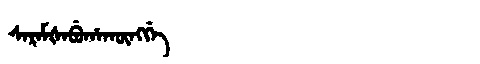
Manchu: ᠰᡝᡵᡝᠮᡧᡝᠪᡠᡥᠠᡴᡡᠩᡤᡝ
Romanization: SEREMŠEBUHAKŪNGGE